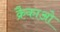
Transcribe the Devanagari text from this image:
क्रैकाओ